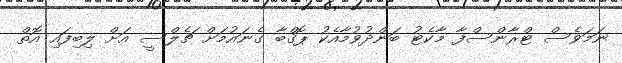
ނަމަވެސް ޓްރާންސްފާ މާކެޓު ބަންދުވުމާއެކު ޕޮގްބާ ގެނައުމަށް ޗެލްސީ އަށް ލިބިފައި އޮތް